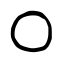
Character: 〇